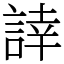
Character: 䛭